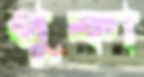
পুকা